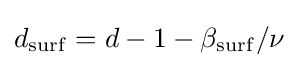
d_{\mathrm {surf} }=d-1-\beta _{\mathrm {surf} }/\nu \,\!